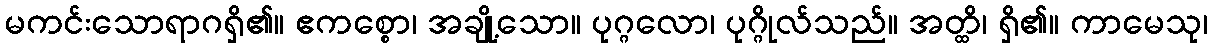
မကင်းသောရာဂရှိ၏။ ဧကစ္စော၊ အချို့သော။ ပုဂ္ဂလော၊ ပုဂ္ဂိုလ်သည်။ အတ္ထိ၊ ရှိ၏။ ကာမေသု၊